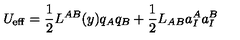
U _ { \mathrm { e f f } } = \frac { 1 } { 2 } L ^ { A B } ( y ) q _ { A } q _ { B } + \frac { 1 } { 2 } L _ { A B } a _ { I } ^ { A } a _ { I } ^ { B }